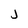
Character: j